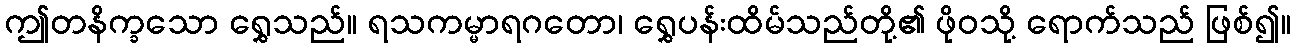
ဤတနိက္ခသော ရွှေသည်။ ရသကမ္မာရဂတော၊ ရွှေပန်းထိမ်သည်တို့၏ ဖိုဝသို့ ရောက်သည် ဖြစ်၍။